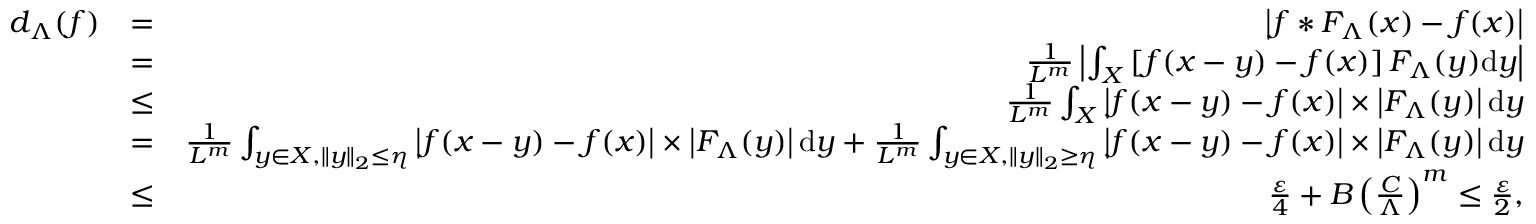
\begin{array} { r l r } { d _ { \Lambda } ( f ) } & { = } & { \left| f * F _ { \Lambda } ( x ) - f ( x ) \right| } \\ & { = } & { \frac { 1 } { L ^ { m } } \left| \int _ { { \cal { X } } } \left[ f ( x - y ) - f ( x ) \right] F _ { \Lambda } ( y ) \mathrm { d } y \right| } \\ & { \le } & { \frac { 1 } { L ^ { m } } \int _ { { \cal { X } } } \left| f ( x - y ) - f ( x ) \right| \times \left| F _ { \Lambda } ( y ) \right| \mathrm { d } y } \\ & { = } & { \frac { 1 } { L ^ { m } } \int _ { { y \in \cal { X } } , \| y \| _ { 2 } \le \eta } \left| f ( x - y ) - f ( x ) \right| \times \left| F _ { \Lambda } ( y ) \right| \mathrm { d } y + \frac { 1 } { L ^ { m } } \int _ { { y \in \cal { X } } , \| y \| _ { 2 } \ge \eta } \left| f ( x - y ) - f ( x ) \right| \times \left| F _ { \Lambda } ( y ) \right| \mathrm { d } y } \\ & { \le } & { \frac { \varepsilon } { 4 } + B \left( \frac { C } { \Lambda } \right) ^ { m } \le \frac { \varepsilon } { 2 } , } \end{array}